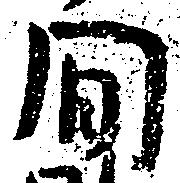
間